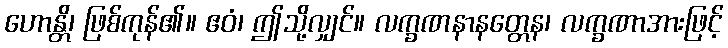
ဟောန္တိ၊ ဖြစ်ကုန်၏။ ဧဝံ၊ ဤသို့လျှင်။ လက္ခဏနာနတ္တေန၊ လက္ခဏာအားဖြင့်